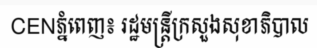
CENភ្នំពេញ៖ រដ្ឋមន្ត្រីក្រសួងសុខាភិបាល